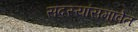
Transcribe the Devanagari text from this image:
सदस्यांसमावेत